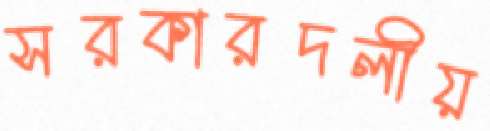
সরকারদলীয়